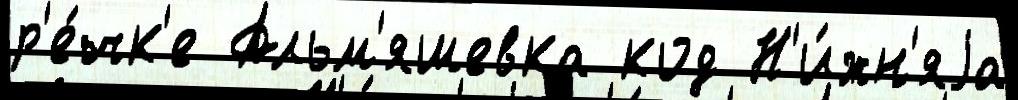
р'е́чк'е Альм'яшевка код Н'и́жн'яjа